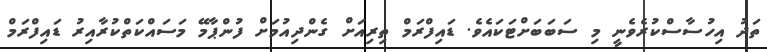
ތަދު އިހުސާސްކުރެވެނީ މި ސަބަބަށްޓަކައެވެ. ޑައިފްރަމް ތިރިއަށް ގެންދިއުމަށް ފުންޕާމޭ މަސައްކަތްކުރާއިރު ޑައިފްރަމް